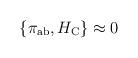
LaTeX: \begin{align*}\left\{ \pi _{{\rm ab}},H_{{\rm C}}\right\} \approx 0\end{align*}